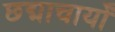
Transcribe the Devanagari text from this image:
छद्माचार्यों